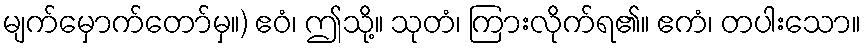
မျက်မှောက်တော်မှ။) ဧဝံ၊ ဤသို့။ သုတံ၊ ကြားလိုက်ရ၏။ ဧကံ၊ တပါးသော။